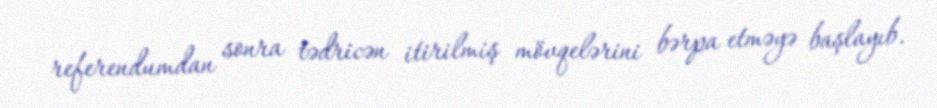
referendumdan sonra tədricən itirilmiş mövqelərini bərpa etməyə başlayıb.